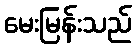
မေးမြန်းသည်